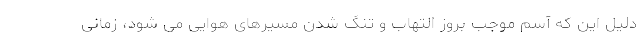
دلیل این که آسم موجب بروز التهاب و تنگ شدن مسیرهای هوایی می شود، زمانی